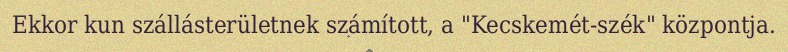
Ekkor kun szállásterületnek számított, a "Kecskemét-szék" központja.